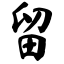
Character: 留